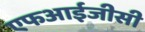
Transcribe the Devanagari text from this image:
एफआईजीसी